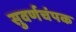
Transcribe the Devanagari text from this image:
सुवर्णचंपक